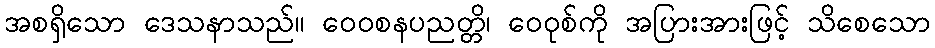
အစရှိသော ဒေသနာသည်။ ဝေဝစနပညတ္တိ၊ ဝေဝုစ်ကို အပြားအားဖြင့် သိစေသော